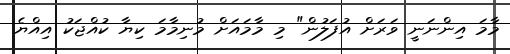
މާމަ އިންނަނީ ވަރަށް އުފަލުން" މި މާމައަށް މުނިމާމަ ކިޔާ ކުއްޖަކު އިއްޔެ